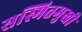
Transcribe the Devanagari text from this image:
सस्मितमुखी